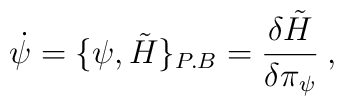
\dot \psi = \{\psi,\tilde H\}_{P.B}={\delta \tilde H\over\delta\pi_{\psi}}\>,